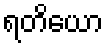
ရတိယော